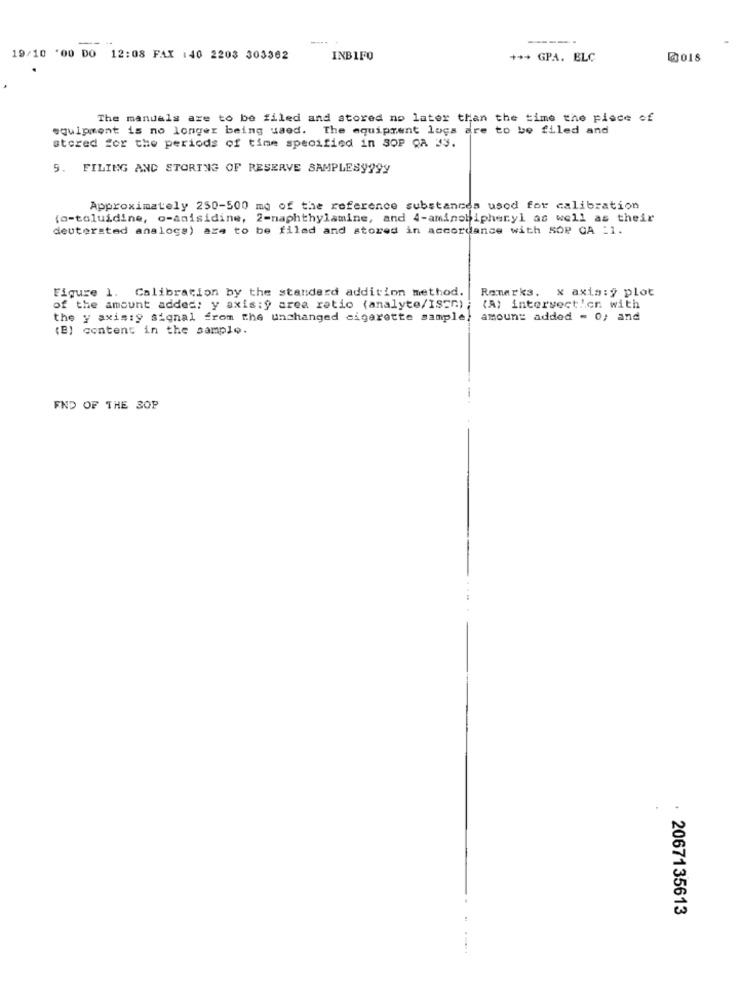
----
----
19/10 '00
DO
12:08 FAX :40 2203 303362
INBIFO
+ ** GPA. ELC
The mandals are to be filed and stored no later than the time the piece of
equipment is no longer being used. The equipment logs are to be filed and
stered for the periods of time specified in SOP QA 33.
5. FILING AND STORING OF RESERVE SAMPLESy?9Y
Approximately 250-500 mo of the reference substances used for calibration
(o-toluidine, o-anisidine, 2-naphthylamine, and 4-aminobiphenyl as well as their
deutersted analogs) aze to be filed and stored in accordance with SOP CA =1.
Figure 1. Calibration by the standard addition method.
Remarks. x axis:y plot
of the amount added: y axis:y area ratio (analyte/ISCm) ;
(A) intersection with
the y axis:y signal from the unchanged cigarette sample, amount added = 0; and
(B) content in the sample.
END OF THE SOP
2067135613